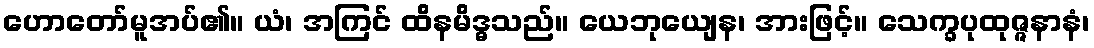
ဟောတော်မူအပ်၏။ ယံ၊ အကြင် ထိနမိဒ္ဓသည်။ ယေဘုယျေန၊ အားဖြင့်။ သေက္ခပုထုဇ္ဇနာနံ၊